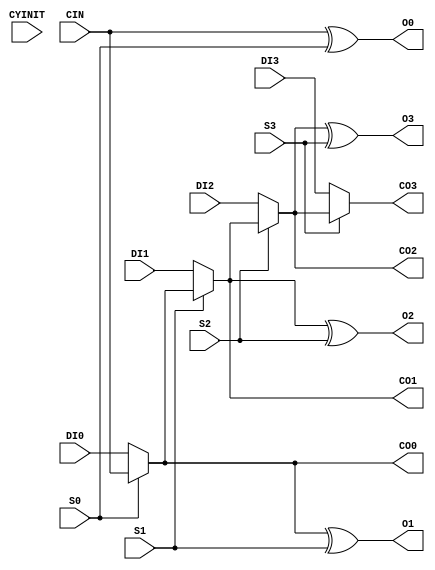
module CARRY4_VPR(O0, O1, O2, O3, CO0, CO1, CO2, CO3, CYINIT, CIN, DI0, DI1, DI2, DI3, S0, S1, S2, S3);
  parameter CYINIT_AX = 1'b0;
  parameter CYINIT_C0 = 1'b0;
  parameter CYINIT_C1 = 1'b0;
  (* DELAY_CONST_CYINIT="0.491e-9" *)
  (* DELAY_CONST_CIN="0.235e-9" *)
  (* DELAY_CONST_S0="0.223e-9" *)
  output wire O0;
  (* DELAY_CONST_CYINIT="0.613e-9" *)
  (* DELAY_CONST_CIN="0.348e-9" *)
  (* DELAY_CONST_S0="0.400e-9" *)
  (* DELAY_CONST_S1="0.205e-9" *)
  (* DELAY_CONST_DI0="0.337e-9" *)
  output wire O1;
  (* DELAY_CONST_CYINIT="0.600e-9" *)
  (* DELAY_CONST_CIN="0.256e-9" *)
  (* DELAY_CONST_S0="0.523e-9" *)
  (* DELAY_CONST_S1="0.558e-9" *)
  (* DELAY_CONST_S2="0.226e-9" *)
  (* DELAY_CONST_DI0="0.486e-9" *)
  (* DELAY_CONST_DI1="0.471e-9" *)
  output wire O2;
  (* DELAY_CONST_CYINIT="0.657e-9" *)
  (* DELAY_CONST_CIN="0.329e-9" *)
  (* DELAY_CONST_S0="0.582e-9" *)
  (* DELAY_CONST_S1="0.618e-9" *)
  (* DELAY_CONST_S2="0.330e-9" *)
  (* DELAY_CONST_S3="0.227e-9" *)
  (* DELAY_CONST_DI0="0.545e-9" *)
  (* DELAY_CONST_DI1="0.532e-9" *)
  (* DELAY_CONST_DI2="0.372e-9" *)
  output wire O3;
  (* DELAY_CONST_CYINIT="0.578e-9" *)
  (* DELAY_CONST_CIN="0.293e-9" *)
  (* DELAY_CONST_S0="0.340e-9" *)
  (* DELAY_CONST_DI0="0.329e-9" *)
  output wire CO0;
  (* DELAY_CONST_CYINIT="0.529e-9" *)
  (* DELAY_CONST_CIN="0.178e-9" *)
  (* DELAY_CONST_S0="0.433e-9" *)
  (* DELAY_CONST_S1="0.469e-9" *)
  (* DELAY_CONST_DI0="0.396e-9" *)
  (* DELAY_CONST_DI1="0.376e-9" *)
  output wire CO1;
  (* DELAY_CONST_CYINIT="0.617e-9" *)
  (* DELAY_CONST_CIN="0.250e-9" *)
  (* DELAY_CONST_S0="0.512e-9" *)
  (* DELAY_CONST_S1="0.548e-9" *)
  (* DELAY_CONST_S2="0.292e-9" *)
  (* DELAY_CONST_DI0="0.474e-9" *)
  (* DELAY_CONST_DI1="0.459e-9" *)
  (* DELAY_CONST_DI2="0.289e-9" *)
  output wire CO2;
  (* DELAY_CONST_CYINIT="0.580e-9" *)
  (* DELAY_CONST_CIN="0.114e-9" *)
  (* DELAY_CONST_S0="0.508e-9" *)
  (* DELAY_CONST_S1="0.528e-9" *)
  (* DELAY_CONST_S2="0.376e-9" *)
  (* DELAY_CONST_S3="0.380e-9" *)
  (* DELAY_CONST_DI0="0.456e-9" *)
  (* DELAY_CONST_DI1="0.443e-9" *)
  (* DELAY_CONST_DI2="0.324e-9" *)
  (* DELAY_CONST_DI3="0.327e-9" *)
  output wire CO3;
  input wire DI0, DI1, DI2, DI3;
  input wire S0, S1, S2, S3;
  input wire CYINIT;
  input wire CIN;
  wire CI0;
  wire CI1;
  wire CI2;
  wire CI3;
  wire CI4;
  assign CI0 = CYINIT_AX ? CYINIT :
               CYINIT_C1 ? 1'b1 :
               CYINIT_C0 ? 1'b0 :
               CIN;
  assign CI1 = S0 ? CI0 : DI0;
  assign CI2 = S1 ? CI1 : DI1;
  assign CI3 = S2 ? CI2 : DI2;
  assign CI4 = S3 ? CI3 : DI3;
  assign CO0 = CI1;
  assign CO1 = CI2;
  assign CO2 = CI3;
  assign CO3 = CI4;
  assign O0 = CI0 ^ S0;
  assign O1 = CI1 ^ S1;
  assign O2 = CI2 ^ S2;
  assign O3 = CI3 ^ S3;
  specify
    // https://github.com/SymbiFlow/prjxray-db/blob/34ea6eb08a63d21ec16264ad37a0a7b142ff6031/artix7/timings/CLBLL_L.sdf#L11-L46
    (CYINIT => O0) = 482;
    (S0     => O0) = 223;
    (CIN    => O0) = 222;
    (CYINIT => O1) = 598;
    (DI0    => O1) = 407;
    (S0     => O1) = 400;
    (S1     => O1) = 205;
    (CIN    => O1) = 334;
    (CYINIT => O2) = 584;
    (DI0    => O2) = 556;
    (DI1    => O2) = 537;
    (S0     => O2) = 523;
    (S1     => O2) = 558;
    (S2     => O2) = 226;
    (CIN    => O2) = 239;
    (CYINIT => O3) = 642;
    (DI0    => O3) = 615;
    (DI1    => O3) = 596;
    (DI2    => O3) = 438;
    (S0     => O3) = 582;
    (S1     => O3) = 618;
    (S2     => O3) = 330;
    (S3     => O3) = 227;
    (CIN    => O3) = 313;
    (CYINIT => CO0) = 536;
    (DI0    => CO0) = 379;
    (S0     => CO0) = 340;
    (CIN    => CO0) = 271;
    (CYINIT => CO1) = 494;
    (DI0    => CO1) = 465;
    (DI1    => CO1) = 445;
    (S0     => CO1) = 433;
    (S1     => CO1) = 469;
    (CIN    => CO1) = 157;
    (CYINIT => CO2) = 592;
    (DI0    => CO2) = 540;
    (DI1    => CO2) = 520;
    (DI2    => CO2) = 356;
    (S0     => CO2) = 512;
    (S1     => CO2) = 548;
    (S2     => CO2) = 292;
    (CIN    => CO2) = 228;
    (CYINIT => CO3) = 580;
    (DI0    => CO3) = 526;
    (DI1    => CO3) = 507;
    (DI2    => CO3) = 398;
    (DI3    => CO3) = 385;
    (S0     => CO3) = 508;
    (S1     => CO3) = 528;
    (S2     => CO3) = 378;
    (S3     => CO3) = 380;
    (CIN    => CO3) = 114;
  endspecify
endmodule